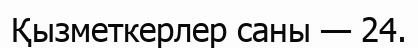
Қызметкерлер саны — 24.